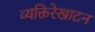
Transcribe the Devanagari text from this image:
व्यक्तिरेखाटन